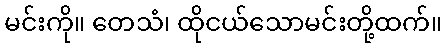
မင်းကို။ တေသံ၊ ထိုငယ်သောမင်းတို့ထက်။